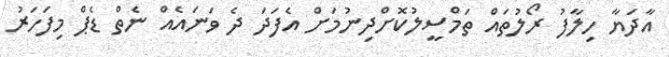
އާދަޔާ ހިލާފު ރޯލުތައް ތަމްސީލުކޮށްދިނުމަށް އެފަދަ ދެ ވަނައެއް ނެތް ޑެޕް މިފަހަރު